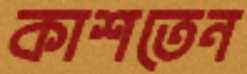
কাশতেন